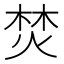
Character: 焚